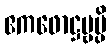
ဧကဖောဋ္ဌဗ္ဗမ္ပိ